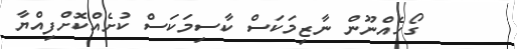
ގޯހެއްނޫން ނާޒިމަކަސް ކާސިމަކަސް ކުށެއްކޮށްފިއްޔާ